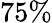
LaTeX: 75\%